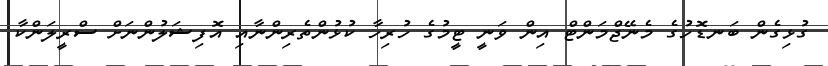
ގުޅިގެން ބަނޑޮހުގެ މެނޭޖްމަންޓް އިން ވަނީ ޓީމުގެ ހުރިހާ ކުޅުންތެރިންނާއި އޮފިޝަލުންނަށް ސްރީލަންކާ